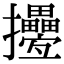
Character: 㩸